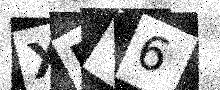
Text: XDW6